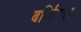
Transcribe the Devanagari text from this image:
बर्जियस